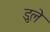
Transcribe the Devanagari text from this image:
डुले